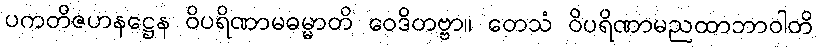
ပကတိဇဟနဋ္ဌေန ဝိပရိဏာမဓမ္မာတိ ဝေဒိတဗ္ဗာ။ တေသံ ဝိပရိဏာမညထာဘာဝါတိ